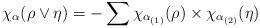
LaTeX: \begin{align*} \chi_\alpha(\rho\vee\eta)&=-\sum \chi_{\alpha_{(1)}}(\rho)\times\chi_{\alpha_{(2)}}(\eta)\end{align*}